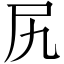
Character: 尻